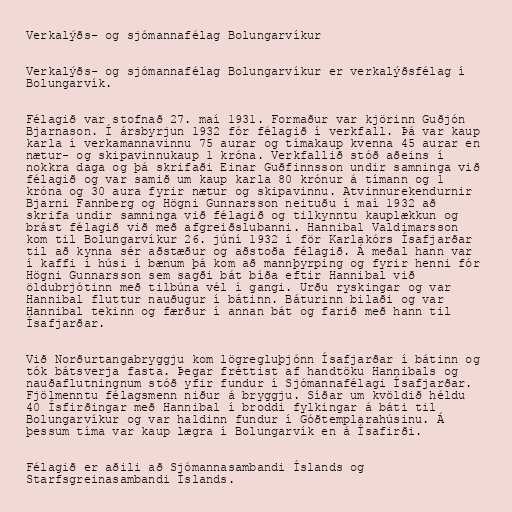
Verkalýðs- og sjómannafélag Bolungarvíkur

Verkalýðs- og sjómannafélag Bolungarvíkur er verkalýðsfélag í
Bolungarvík.

Félagið var stofnað 27. maí 1931. Formaður var kjörinn Guðjón
Bjarnason. Í ársbyrjun 1932 fór félagið í verkfall. Þá var kaup
karla í verkamannavinnu 75 aurar og tímakaup kvenna 45 aurar en
nætur- og skipavinnukaup 1 króna. Verkfallið stóð aðeins í
nokkra daga og þá skrifaði Einar Guðfinnsson undir samninga við
félagið og var samið um kaup karla 80 krónur á tímann og 1
króna og 30 aura fyrir nætur og skipavinnu. Atvinnurekendurnir
Bjarni Fannberg og Högni Gunnarsson neituðu í maí 1932 að
skrifa undir samninga við félagið og tilkynntu kauplækkun og
brást félagið við með afgreiðslubanni. Hannibal Valdimarsson
kom til Bolungarvíkur 26. júní 1932 í för Karlakórs Ísafjarðar
til að kynna sér aðstæður og aðstoða félagið. Á meðal hann var
í kaffi í húsi í bænum þá kom að mannþyrping og fyrir henni fór
Högni Gunnarsson sem sagði bát bíða eftir Hannibal við
öldubrjótinn með tilbúna vél í gangi. Urðu ryskingar og var
Hannibal fluttur nauðugur í bátinn. Báturinn bilaði og var
Hannibal tekinn og færður í annan bát og farið með hann til
Ísafjarðar.

Við Norðurtangabryggju kom lögregluþjónn Ísafjarðar í bátinn og
tók bátsverja fasta. Þegar fréttist af handtöku Hannibals og
nauðaflutningnum stóð yfir fundur í Sjómannafélagi Ísafjarðar.
Fjölmenntu félagsmenn niður á bryggju. Síðar um kvöldið héldu
40 Ísfirðingar með Hannibal í broddi fylkingar á báti til
Bolungarvíkur og var haldinn fundur í Góðtemplarahúsinu. Á
þessum tíma var kaup lægra í Bolungarvík en á Ísafirði.

Félagið er aðili að Sjómannasambandi Íslands og
Starfsgreinasambandi Íslands.